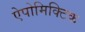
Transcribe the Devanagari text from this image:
ऐपोमिक्टिक